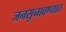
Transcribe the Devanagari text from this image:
जनसुनावण्यात